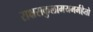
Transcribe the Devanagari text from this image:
राक्षसकुलामयमर्महेतो